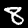
Digit: 8